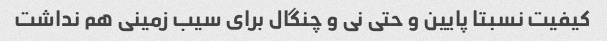
کیفیت نسبتا پایین و حتی نی و چنگال برای سیب زمینی هم نداشت